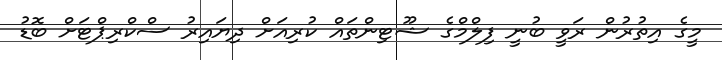
މީގެ އިތުރުން ރަވީ ބުނީ ފިލްމްގެ ޝޫޓިންތައް ކުރިއަށް ދިޔައިރު ސްކްރިޕްޓަށް ބޮޑު